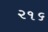
૨૧૬